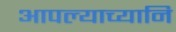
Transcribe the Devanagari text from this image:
आपल्याच्यानि